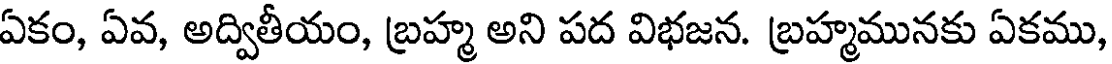
ఏకం, ఏవ, అద్వితీయం, బ్రహ్మ అని పద విభజన. బ్రహ్మమునకు ఏకము,